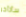
سأتأخر